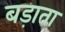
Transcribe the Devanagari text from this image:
बड़ाता